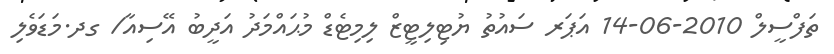
ތަފްސީލް 2010-06-14 އަޕަރ ސައުތު ޔުޓިލިޓީޒް ލިމިޓެޑް މުޙައްމަދު އަދީބު އޭސިއާ/ ގދ.މަޑަވެލި